Document type: Grant
Year: 1445
Scribe: Antoni Gomar
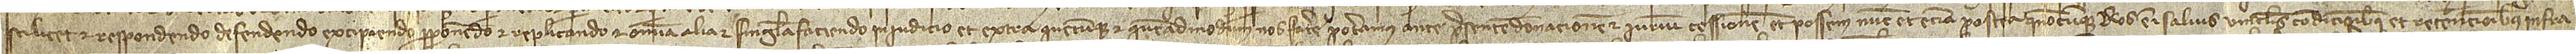
scilicet et respondendo, defendendo, excipiendo, proponendo et replicando et omnia alia et singula faciendo, in iudicio et extra, quecumque et quemadmodum, nos facere poteramus ante presentem donacionem et iurium cessionem, et possemus nunc et etiam postea quandocumque. Nos enim, salvis, vinculis, condicionibus et retencionibus infra-